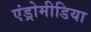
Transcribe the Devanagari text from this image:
एंड्रोमीडिया